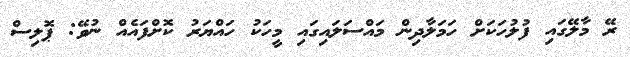
ރޭ މާލޭގައި ފުލުހަކަށް ހަމަލާދިން މައްސަލައިގައި މީހަކު ހައްޔަރު ކޮށްފައެއް ނުވޭ: ޕޮލިސް